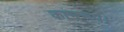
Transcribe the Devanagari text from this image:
कामरूप।